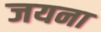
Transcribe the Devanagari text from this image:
जयना